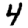
Digit: 4